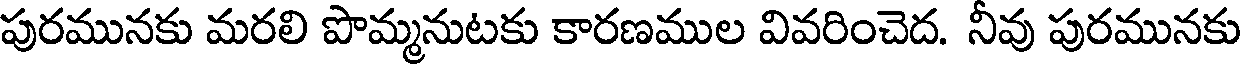
పురమునకు మరలి పొమ్మనుటకు కారణముల వివరించెద. నీవు పురమునకు